Indian journal of veterinary science and animal husbandry - Volumes 26-27, 1956-1957
Year: 1956
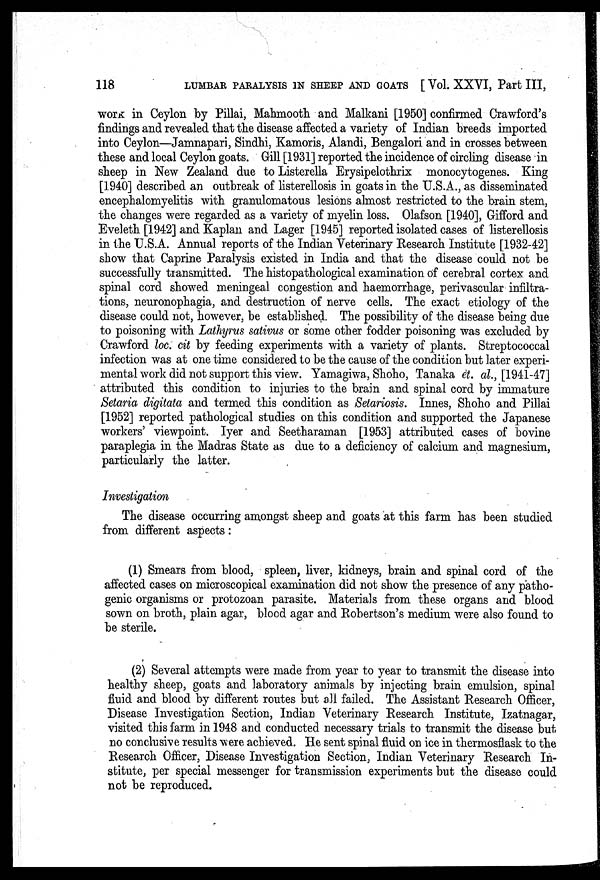
118
LUMBAR
PARALYSIS IN SHEEP AND GOATS [ Vol. XXVI, Part III,
work in Ceylon by Pillai, Mahmooth and Malkani [1950] confirmed Crawford's
findings and revealed that the disease affected a variety of Indian breeds imported
into Ceylon—Jamnapari, Sindhi, Kamoris, Alandi, Bengalori and in crosses between
these and local Ceylon goats. Gill [1931] reported the incidence of circling disease in
sheep in New Zealand due to Listerella Erysipelothrix monocytogenes. King
[1940] described an outbreak of listerellosis in goats in the U.S.A., as disseminated
encephalomyelitis with granulomatous lesions almost restricted to the brain stem,
the changes were regarded as a variety of myelin loss. Olafson [1940], Gifford and
Eveleth [1942] and Kaplan and Lager [1945] reported isolated cases of listerellosis
in the U.S.A. Annual reports of the Indian Veterinary Research Institute [1932-42]
show that Caprine Paralysis existed in India and that the disease could not be
successfully transmitted. The histopathological examination of cerebral cortex and
spinal cord showed meningeal congestion and haemorrhage, perivascular infiltra-
tions, neuronophagia, and destruction of nerve cells. The exact etiology of the
disease could not, however, be established. The possibility of the disease being due
to poisoning with Lathyrus sativus or some other fodder poisoning was excluded by
Crawford loc. cit by feeding experiments with a variety of plants. Streptococcal
infection was at one time considered to be the cause of the condition but later experi-
mental work did not support this view. Yamagiwa, Shoho, Tanaka et. al., [1941-47]
attributed this condition to injuries to the brain and spinal cord by immature
Setaria digitata and termed this condition as Setariosis. Innes, Shoho and Pillai
[1952] reported pathological studies on this condition and supported the Japanese
workers' viewpoint. Iyer and Seetharaman [1953] attributed cases of bovine
paraplegia in the Madras State as due to a deficiency of calcium and magnesium,
particularly the latter.
Investigation
The disease occurring amongst sheep and goats at this farm has been studied
from different aspects:
(1) Smears from blood, spleen, liver, kidneys, brain and spinal cord of the
affected cases on microscopical examination did not show the presence of any patho-
genic organisms or protozoan parasite. Materials from these organs and blood
sown on broth, plain agar, blood agar and Robertson's medium were also found to
be sterile.
(2) Several attempts were made from year to year to transmit the disease into
healthy sheep, goats and laboratory animals by injecting brain emulsion, spinal
fluid and blood by different routes but all failed. The Assistant Research Officer,
Disease Investigation Section, Indian Veterinary Research Institute, Izatnagar,
visited this farm in 1948 and conducted necessary trials to transmit the disease but
no conclusive results were achieved. He sent spinal fluid on ice in thermosflask to the
Research Officer, Disease Investigation Section, Indian Veterinary Research In-
stitute, per special messenger for transmission experiments but the disease could
not be reproduced.